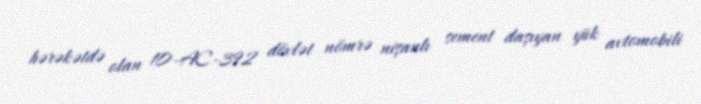
hərəkətdə olan 10-AC-392 dövlət nömrə nişanlı sement daşıyan yük avtomobili